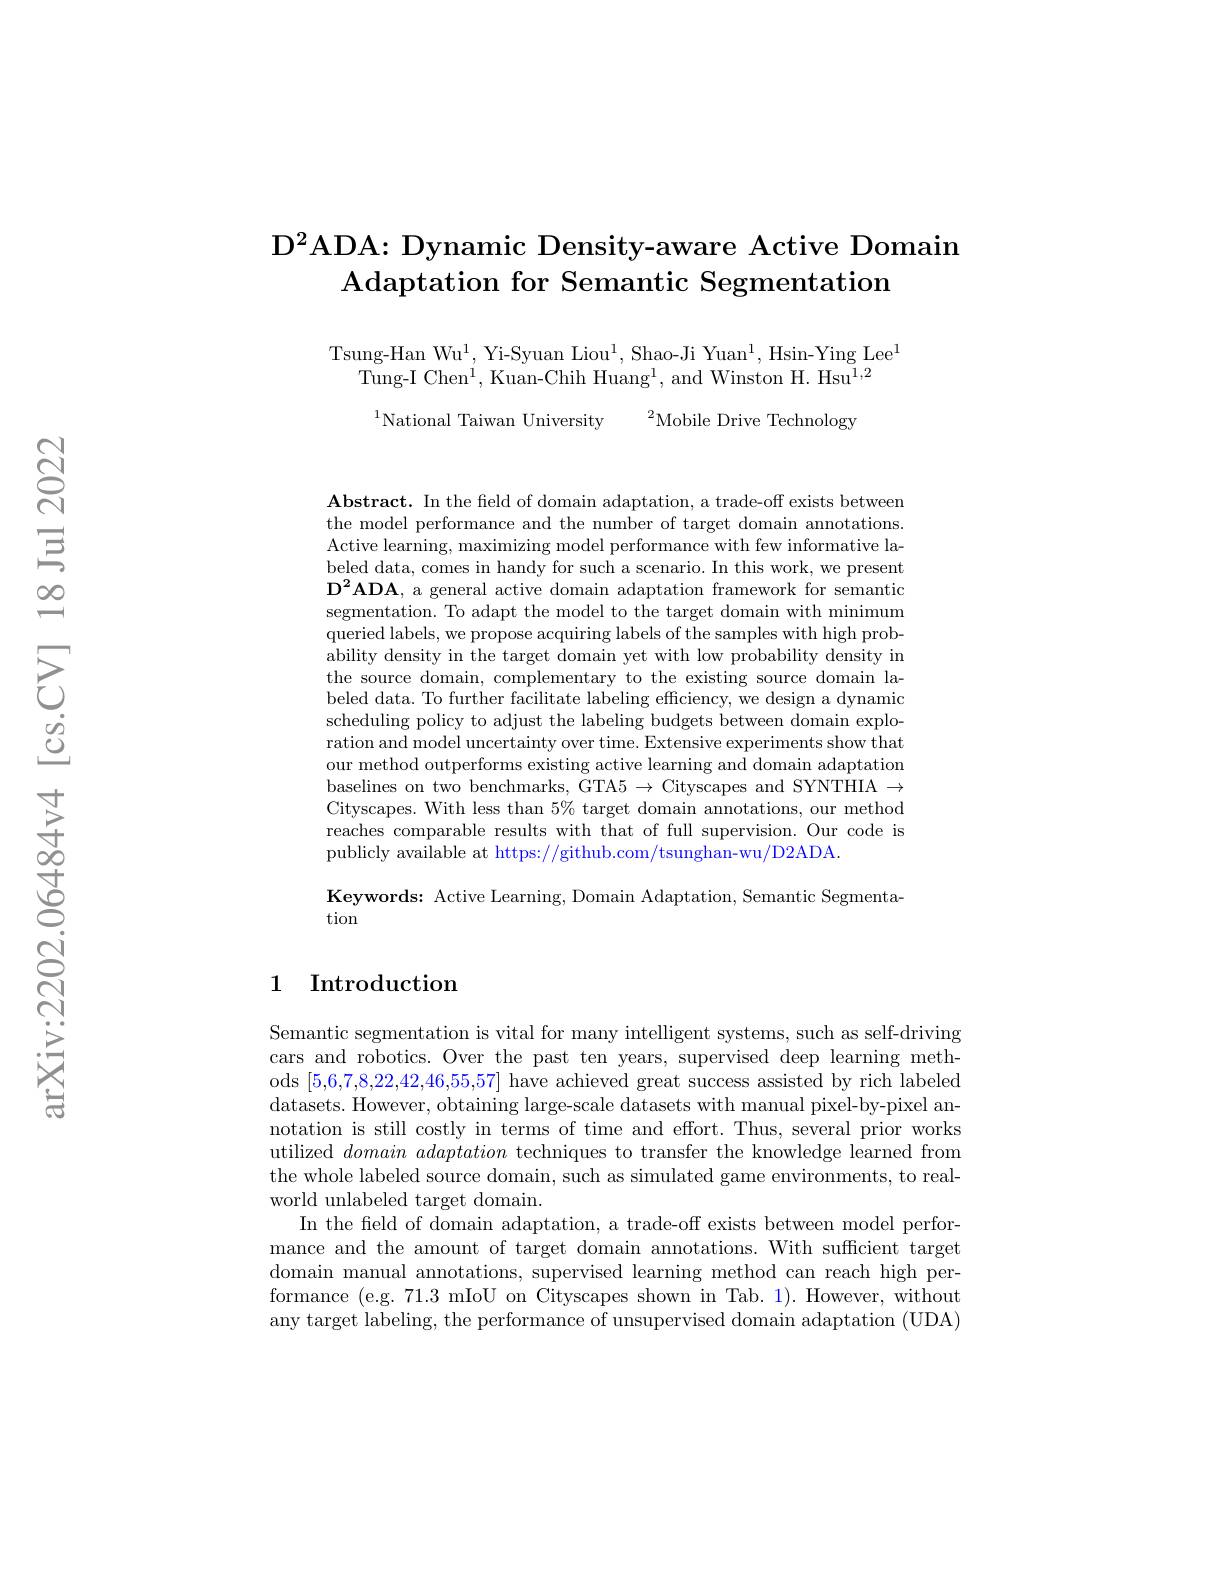
# $D^2$ADA: Dynamic Density-aware Active Domain Adaptation for Semantic Segmentation

Tsung-Han Wu$^1$, Yi-Syuan Liou$^1$, Shao-Ji Yuan$^1$, Hsin-Ying Lee$^1$
Tung-I Chen$^{\prime}$,Kuan-Chih Huang$^1$,and Winston H. Hsu$^1,2$

$^{1}$National Taiwan University$^2$Mobile Drive Technology

Abstract. In the field of domain adaptation, a trade-off exists between the model performance and the number of target domain annotations. Active learning, maximizing model performance with few informative labeled data, comes in handy for such a scenario. In this work, we present $\mathbf{D^2ADA,~a~general~active~domain~adaptation~framework~for~semantic}$ segmentation. To adapt the model to the target domain with minimum queried labels, we propose acquiring labels of the samples with high probability density in the target domain yet with low probability density in the source domain, complementary to the existing source domain labeled data. To further facilitate labeling efficiency, we design a dynamic scheduling policy to adjust the labeling budgets between domain exploration and model uncertainty over time. Extensive experiments show that our method outperforms existing active learning and domain adaptation baselines on two benchmarks, GTA5 $\to$ Cityscapes and SYNTHIA $\to$ Cityscapes. With less than $5\%$ target domain annotations, our method reaches comparable results with that of full supervision. Our code is publicly available at https://github.com/tsunghan-wu/D2ADA

Keywords: Active Learning, Domain Adaptation, Semantic Segmenta-
tion

## 1 Introduction

Semantic segmentation is vital for many intelligent systems, such as self-driving cars and robotics. Over the past ten years, supervised deep learning methods [5,6,7,8,22,42,46,55,57] have achieved great success assisted by rich labeled datasets. However, obtaining large-scale datasets with manual pixel-by-pixel annotation is still costly in terms of time and effort. Thus, several prior works utilized domainadaptation techniques to transfer the knowledge learned from the whole labeled source domain, such as simulated game environments, to realworld unlabeled target domain.
In the field of domain adaptation, a trade-off exists between model performance and the amount of target domain annotations. With sufficient target domain manual annotations, supervised learning method can reach high performance (e.g. 71.3 mIoU on Cityscapes shown in Tab. 1). However, without any target labeling, the performance of unsupervised domain adaptation (UDA)